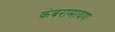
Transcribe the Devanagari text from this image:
कंबरामायण